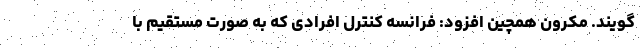
گویند. مکرون همچین افزود: فرانسه کنترل افرادی که به صورت مستقیم با